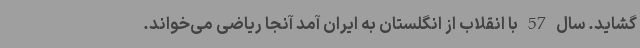
گشاید. سال 57 با انقلاب از انگلستان به ایران آمد آنجا ریاضی می‌خواند.